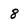
Character: 8